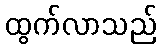
ထွက်လာသည်